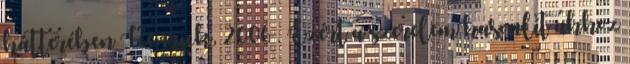
hátterében Kenrick, 2006 . Ezért a szerelem hasonlít ahhoz